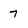
Character: 7